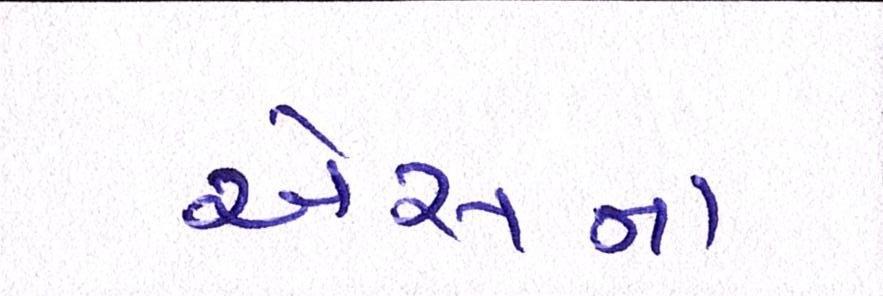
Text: એસનાં